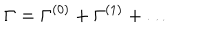
\Gamma = \Gamma ^ { ( 0 ) } + \Gamma ^ { ( 1 ) } + \dots